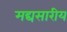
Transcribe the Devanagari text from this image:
मद्यसारीय